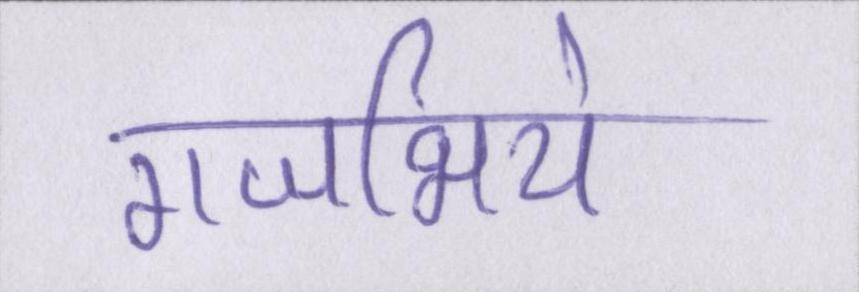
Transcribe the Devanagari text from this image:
गजभिये